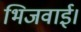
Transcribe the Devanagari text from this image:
भिजवाई।